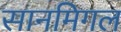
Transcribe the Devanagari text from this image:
सानमिगल